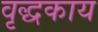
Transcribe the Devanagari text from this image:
वृद्धकाय